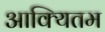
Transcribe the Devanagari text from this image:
आक्यितम